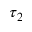
\tau _ { 2 }